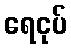
ရေငုပ်